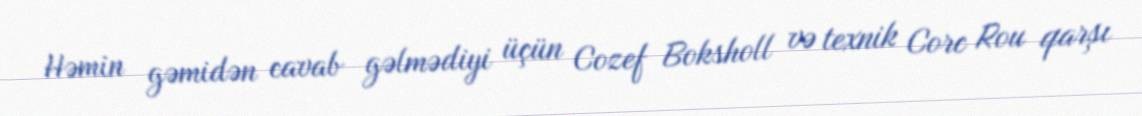
Həmin gəmidən cavab gəlmədiyi üçün Cozef Boksholl və texnik Corc Rou qarşı